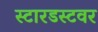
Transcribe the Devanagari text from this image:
स्टारडस्टवर